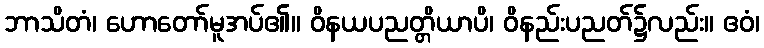
ဘာသိတံ၊ ဟောတော်မူအပ်၏။ ဝိနယပညတ္တိယာပိ၊ ဝိနည်းပညတ်၌လည်း။ ဧဝံ၊